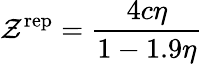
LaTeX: \mathcal{Z}^{\mathrm{{{rep}}}}={\frac{{4c\eta}}{{1-1.9\eta}}}